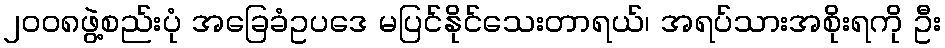
၂ဝဝ၈ဖွဲ့စည်းပုံ အခြေခံဥပဒေ မပြင်နိုင်သေးတာရယ်၊ အရပ်သားအစိုးရကို ဦး